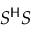
S ^ { \mathsf { H } } S